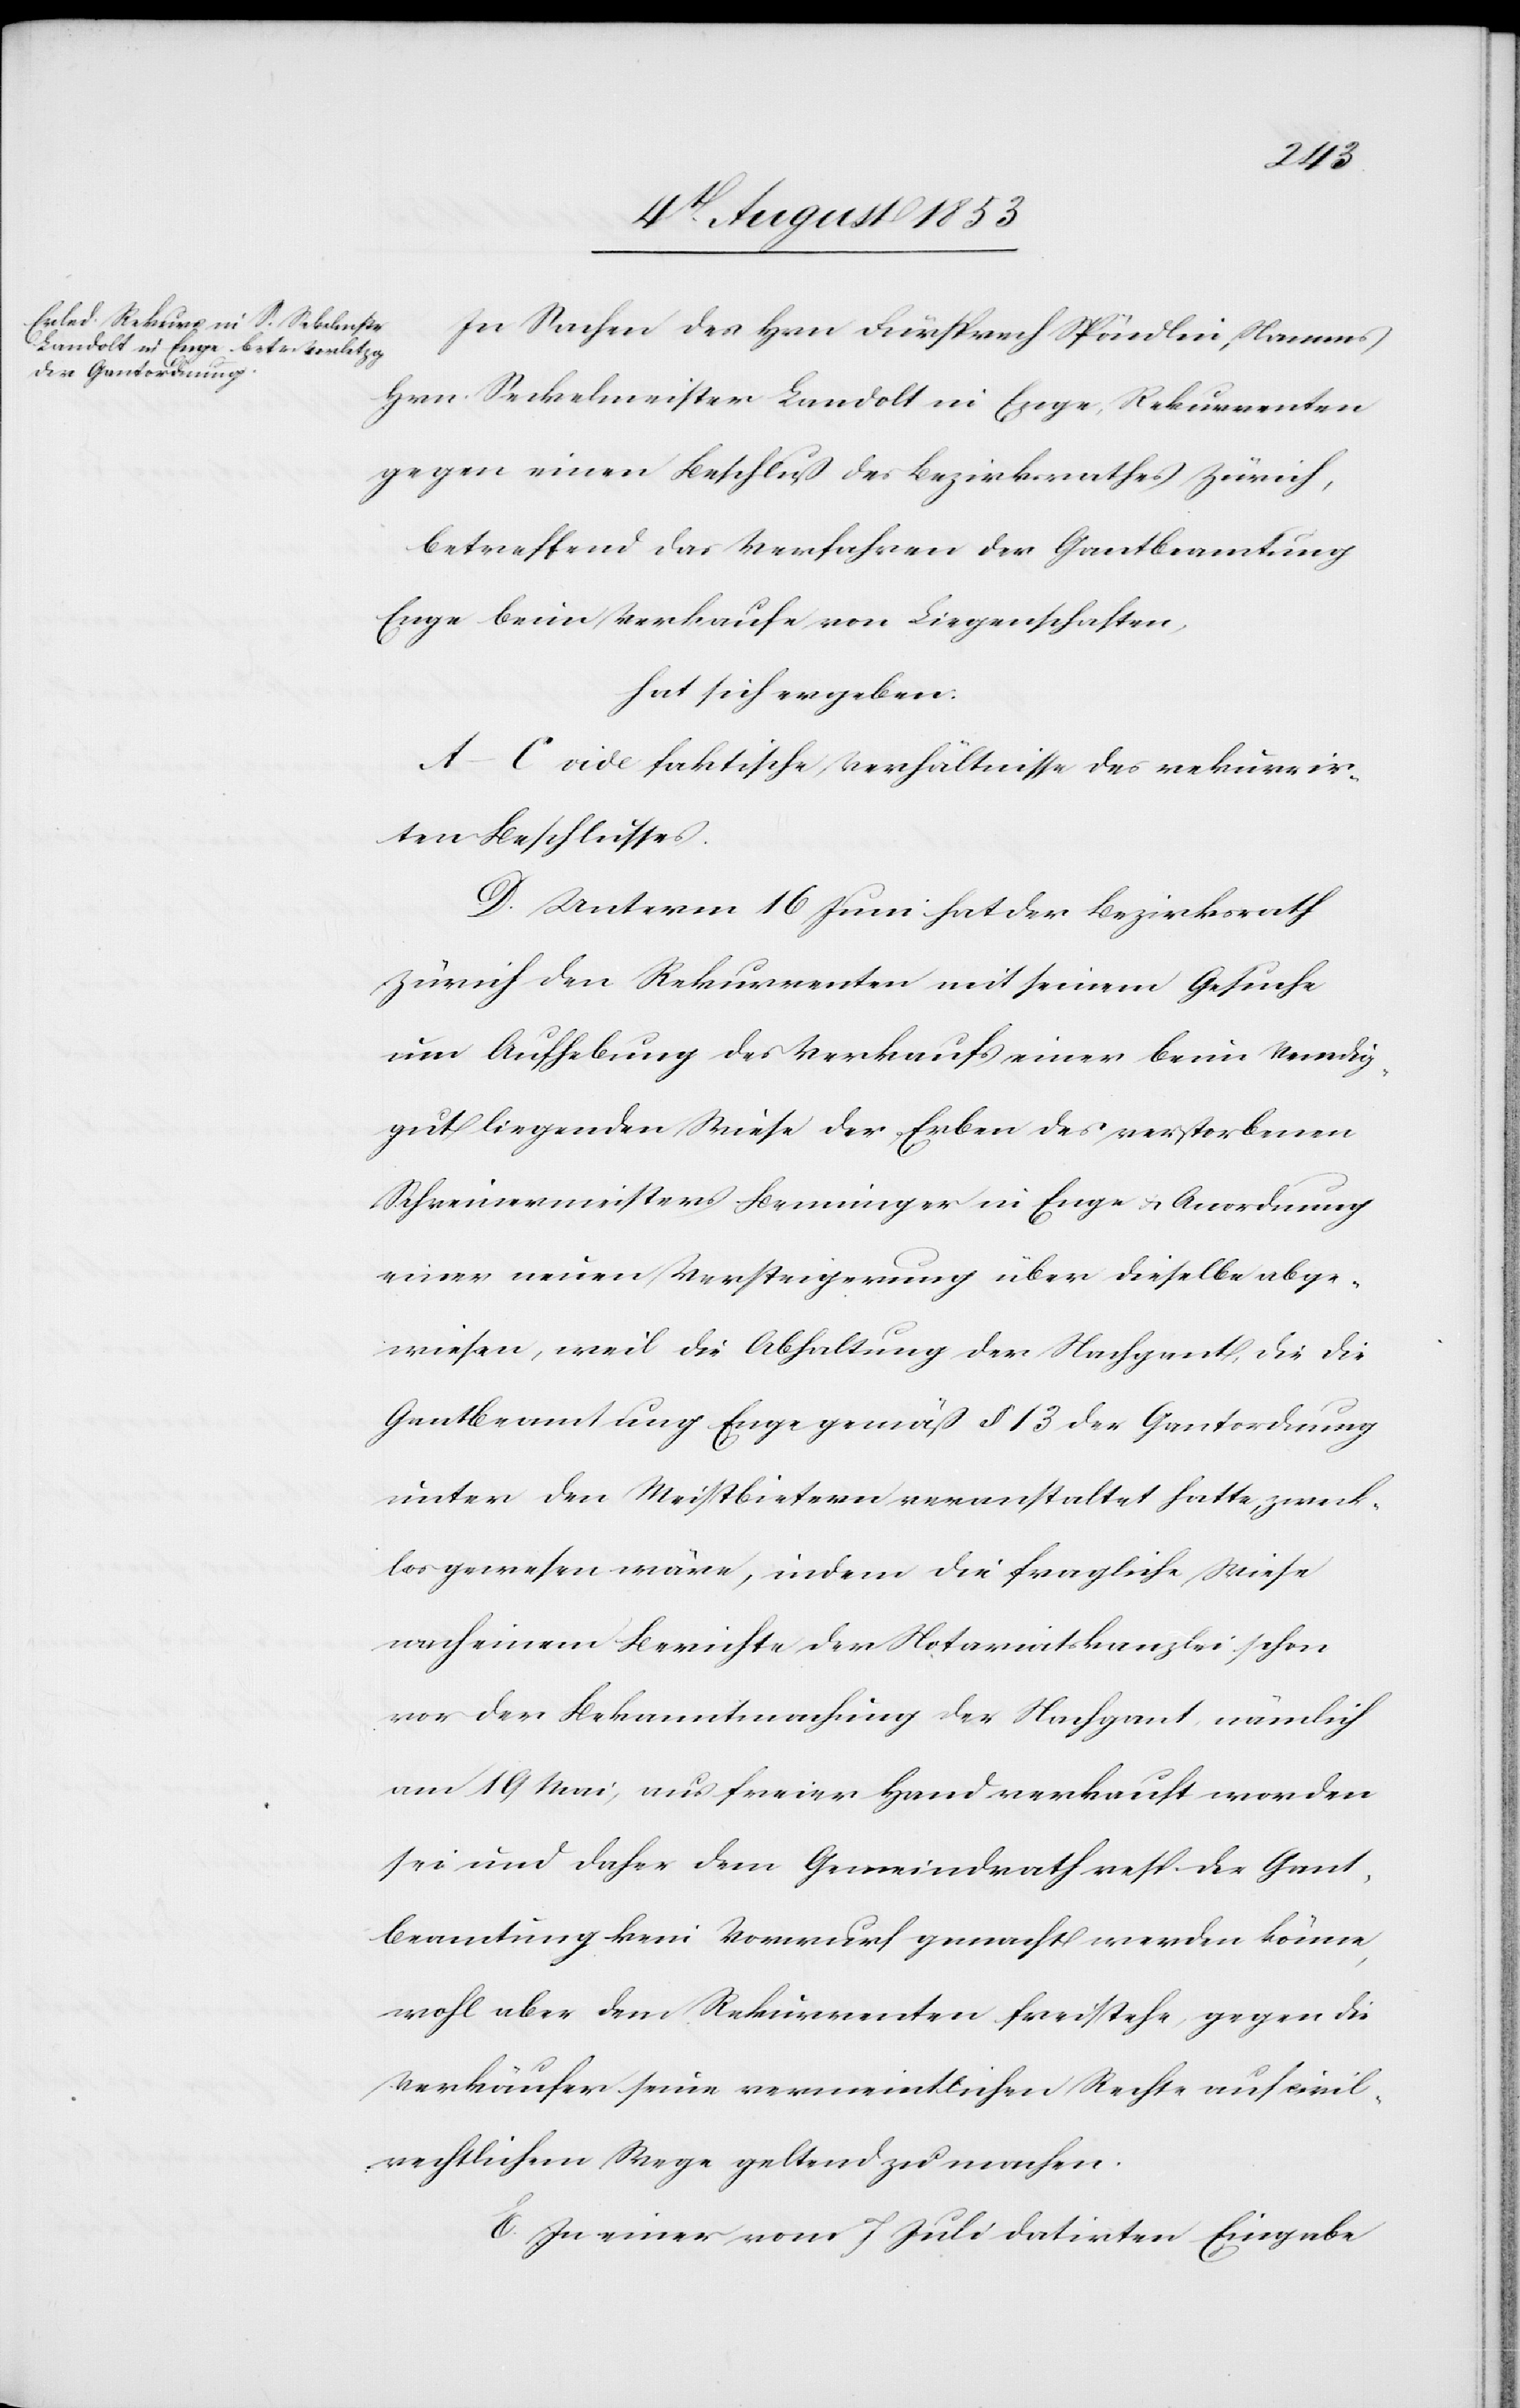
In Sachen des Hrn. Fürsprech Spändlin, Namens
Hrn. Seckelmeister Landolt in Enge, Rekurrenten
gegen einen Beschluß des Bezirksrathes Zürich,
betreffend Verfahren der Gantbeamtung
Enge beim Verkaufe von Liegenschaften.
hat sich ergeben:
A–C vide faktische Verhältnisse des rekurrir¬
ten Beschlusses.
D. Unterm 16 Juni hat der Bezirksrath
Zürich den Rekurrenten mit seinem Gesuche
um Aufhebung des Verkaufs einer beim Venedig¬
gut liegenden Wiese der Erben des verstorbenen
Schreinermeisters Benninger in Enge u. Anordnung
einer neuen Versteigerung über dieselbe abge¬
wiesen, weil die Abhaltung der Nachgant, die die
Gantbeamtung Enge gemäß § 13 der Gantordnung
unter den Meistbietern veranstaltet hatte, zweck¬
los gewesen wäre, indem die fragliche Wiese
nach einem Berichte der Notariatskanzlei schon
vor der Bekanntmachung der Nachgant nämlich
am 19 Mai, aus freier Hand verkauft worden
sei und daher dem Gemeindrath der Gant¬
beamtung kein Vorwurf gemacht werden könne,
wohl aber dem Rekurrenten freistehe, gegen die
Verkäufer seine vermeintlichen Rechte auf civil¬
rechtlichem Wege geltend zu machen.
E. In einer vom 7 Juli datirten Eingabe